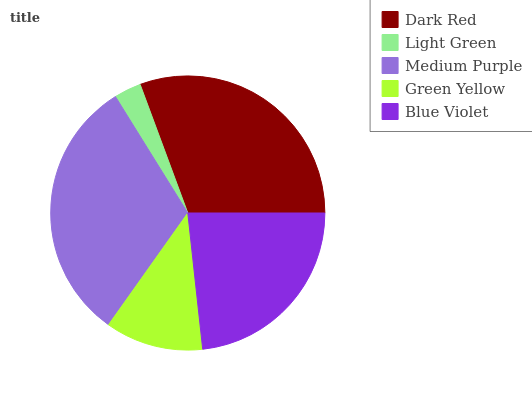
| Dark Red | Light Green | Medium Purple | Green Yellow | Blue Violet |
 | --- | --- | --- | --- | --- |
 | 30.7% | 3.2% | 31.3% | 11.5% | 23.2% |